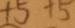
+ 5 + 5